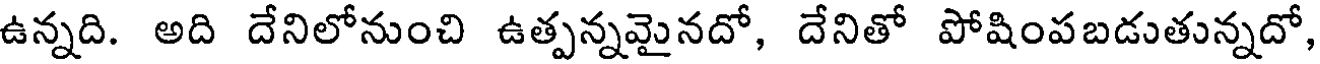
ఉన్నది. అది దేనిలోనుంచి ఉత్పన్నమైనదో, దేనితో పోషింపబడుతున్నదో,